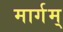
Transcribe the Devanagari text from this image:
मार्गम्